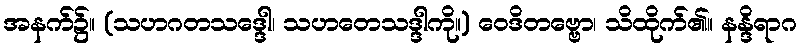
အနက်၌။ (သဟဂတသဒ္ဒေါ၊ သဟတေသဒ္ဒါကို။) ဝေဒိတဗ္ဗော၊ သိထိုက်၏။ နန္ဒိရာဂ